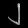
Digit: ၂